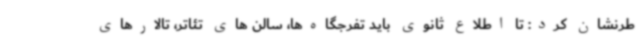
طرنشان کرد: تا اطلاع ثانوی باید تفرجگاه‌ها، سالن های تئاتر، تالارهای